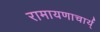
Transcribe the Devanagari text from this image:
रामायणाचार्य्